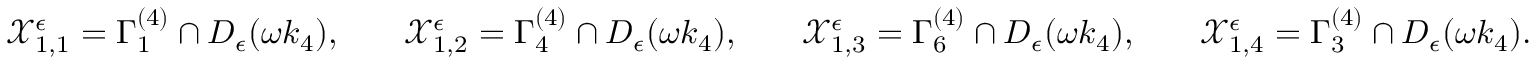
\begin{array} { r l r l r l r l } & { \mathcal { X } _ { 1 , 1 } ^ { \epsilon } = \Gamma _ { 1 } ^ { ( 4 ) } \cap D _ { \epsilon } ( \omega k _ { 4 } ) , } & & { \mathcal { X } _ { 1 , 2 } ^ { \epsilon } = \Gamma _ { 4 } ^ { ( 4 ) } \cap D _ { \epsilon } ( \omega k _ { 4 } ) , } & & { \mathcal { X } _ { 1 , 3 } ^ { \epsilon } = \Gamma _ { 6 } ^ { ( 4 ) } \cap D _ { \epsilon } ( \omega k _ { 4 } ) , } & & { \mathcal { X } _ { 1 , 4 } ^ { \epsilon } = \Gamma _ { 3 } ^ { ( 4 ) } \cap D _ { \epsilon } ( \omega k _ { 4 } ) . } \end{array}